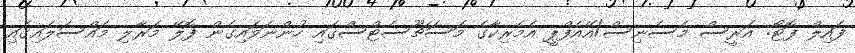
ފައިލް ފޮޓޯ: އަރީސް މެސެނިސް/އޭއެފްޕީ އެމެރިކާގެ މަސަޗޫސެޓްސްގައި ހުންނަވައިގެން ފޮލޭ މަރާލި މައްސަލައިގައި